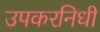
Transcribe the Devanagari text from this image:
उपकरनिधी